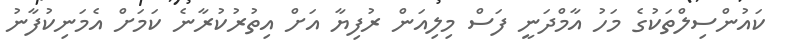
ކައުންސިލްތަކުގެ މަހު އާމްދަނީ ފަސް މިލިއަން ރުފިޔާ އަށް އިތުރުކުރާނެ ކަމަށް އެމަނިކުފާނު